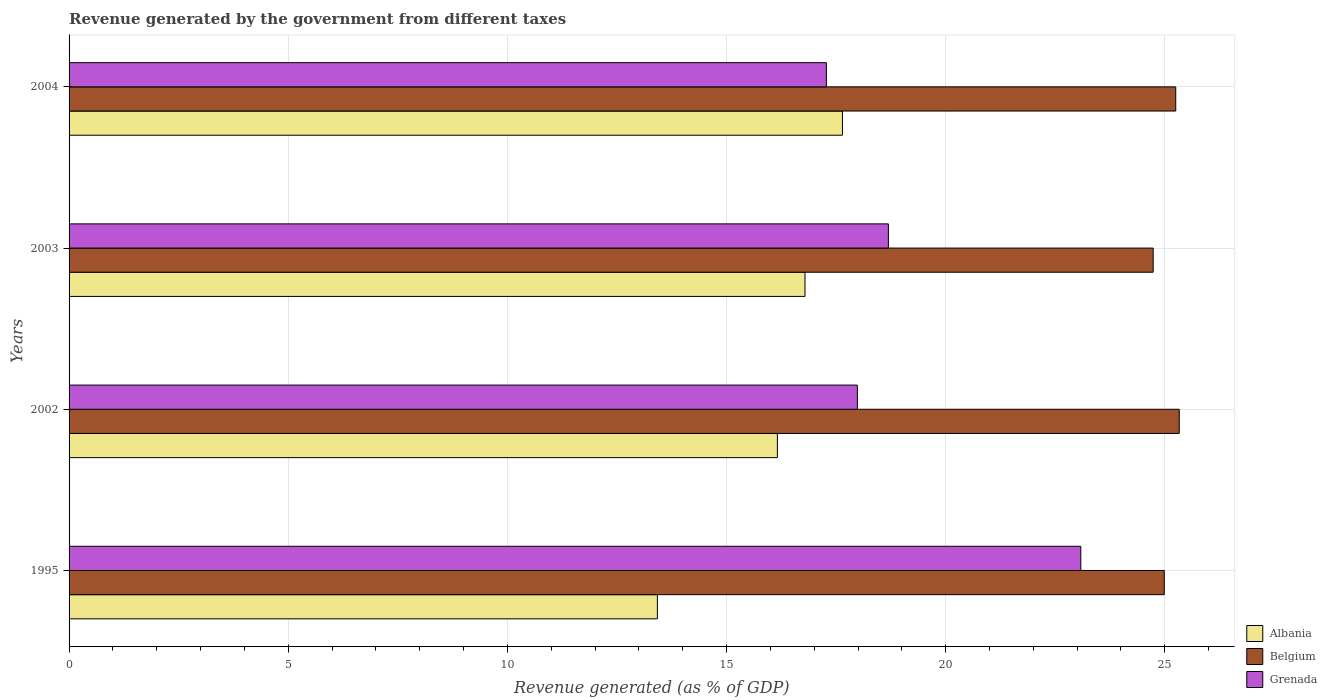
| Years | Albania | Belgium | Grenada |
 | --- | --- | --- | --- |
 | 1995 | 13.4 | 25 | 23.1 |
 | 2002 | 16.2 | 25.3 | 18 |
 | 2003 | 16.8 | 24.7 | 18.7 |
 | 2004 | 17.6 | 25.2 | 17.3 |